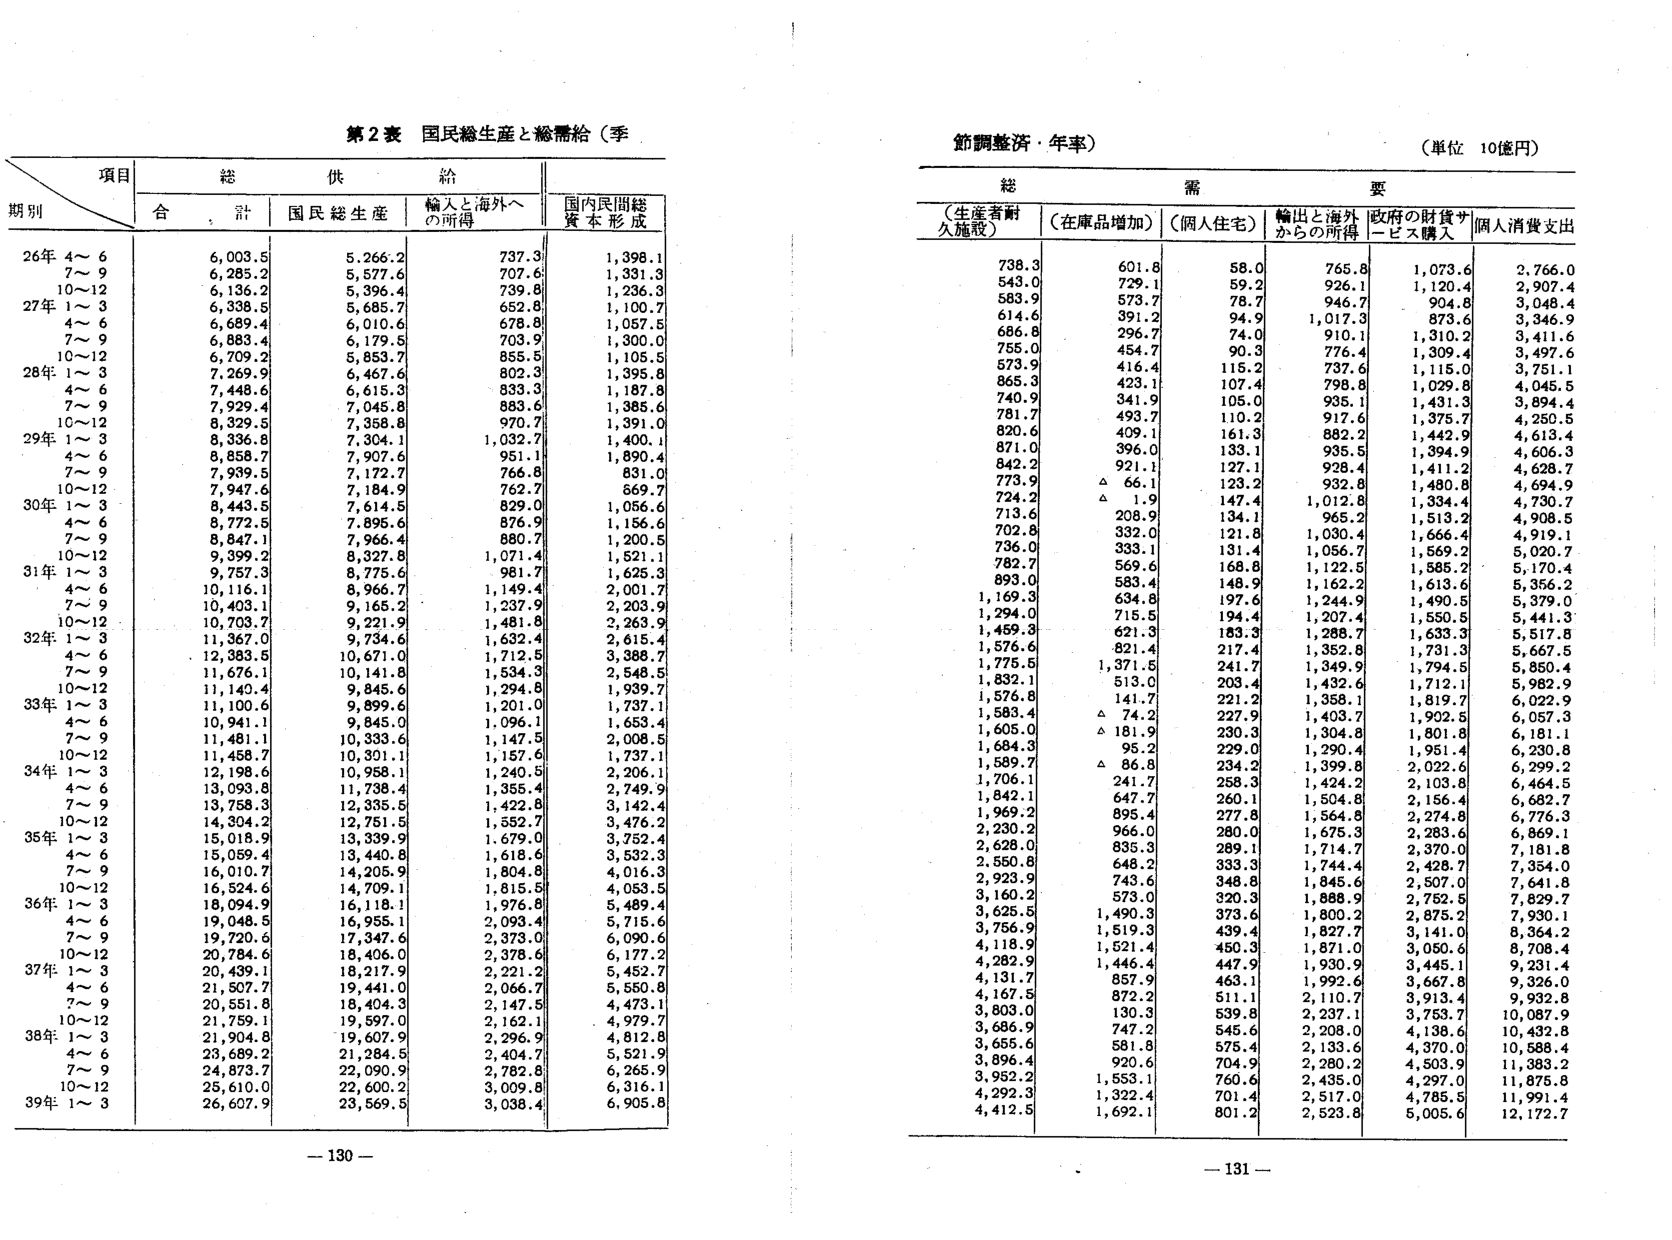
第2表 国民総生産と総需給（季

項目
総
供
給
国内民間総
資本形成

期別
合
計
国民総生産
輸入と海外へ
の所得

26年 4～6
6,003.5
5,266.2
737.3
1,398.1
7～9
6,285.2
5,577.6
707.6
1,331.3
10～12
6,136.2
5,396.4
739.8
1,236.3
27年 1～3
6,338.5
5,685.7
652.8
1,100.7
4～6
6,689.4
6,010.6
678.8
1,057.5
7～9
6,883.4
6,179.5
703.9
1,300.0
10～12
6,709.2
5,853.7
855.5
1,105.5
28年 1～3
7,269.9
6,467.6
802.3
1,395.8
4～6
7,448.6
6,615.3
833.3
1,187.8
7～9
7,929.4
7,045.8
883.6
1,385.6
10～12
8,329.5
7,358.8
970.7
1,391.0
29年 1～3
8,336.8
7,304.1
1,032.7
1,400.1
4～6
8,858.7
7,907.6
951.1
1,890.4
7～9
7,939.5
7,172.7
766.8
831.0
10～12
7,947.6
7,184.9
762.7
869.7
30年 1～3
8,443.5
7,614.5
829.0
1,056.6
4～6
8,772.5
7,895.6
876.9
1,156.6
7～9
8,847.1
7,966.4
880.7
1,200.5
10～12
9,399.2
8,327.8
1,071.4
1,521.1
31年 1～3
9,757.3
8,775.6
981.7
1,625.3
4～6
10,116.1
8,966.7
1,149.4
2,001.7
7～9
10,403.1
9,165.2
1,237.9
2,203.9
10～12
10,703.7
9,221.9
1,481.8
2,263.9
32年 1～3
11,367.0
9,734.6
1,632.4
2,615.4
4～6
12,383.5
10,671.0
1,712.5
3,388.7
7～9
11,676.1
10,141.8
1,534.3
2,548.5
10～12
11,140.4
9,845.6
1,294.8
1,939.7
33年 1～3
11,100.6
9,899.6
1,201.0
1,737.1
4～6
10,941.1
9,845.0
1,096.1
1,653.4
7～9
11,481.1
10,333.6
1,147.5
2,008.5
10～12
11,458.7
10,301.1
1,157.6
1,737.1
34年 1～3
12,198.6
10,958.1
1,240.5
2,206.1
4～6
13,093.8
11,738.4
1,355.4
2,749.9
7～9
13,758.3
12,335.5
1,422.8
3,142.4
10～12
14,304.2
12,751.5
1,552.7
3,476.2
35年 1～3
15,018.9
13,339.9
1,679.0
3,752.4
4～6
15,059.4
13,440.8
1,618.6
3,532.3
7～9
16,010.7
14,205.9
1,804.8
4,016.3
10～12
16,524.6
14,709.1
1,815.5
4,053.5
36年 1～3
18,094.9
16,118.1
1,976.8
5,489.4
4～6
19,048.5
16,955.1
2,093.4
5,715.6
7～9
19,720.6
17,347.6
2,373.0
6,090.6
10～12
20,784.6
18,406.0
2,378.6
6,177.2
37年 1～3
20,439.1
18,217.9
2,221.2
5,452.7
4～6
21,507.7
19,441.0
2,066.7
5,550.8
7～9
20,551.8
18,404.3
2,147.5
4,473.1
10～12
21,759.1
19,597.0
2,162.1
4,979.7
38年 1～3
21,904.8
19,607.9
2,296.9
4,812.8
4～6
23,689.2
21,284.5
2,404.7
5,521.9
7～9
24,873.7
22,090.9
2,782.8
6,265.9
10～12
25,610.0
22,600.2
3,009.8
6,316.1
39年 1～3
26,607.9
23,569.5
3,038.4
6,905.8

－130－

鉛調整済・年率）
（単位 10億円）

総
需
要

（生産者耐
久施設）
（在庫品増加）
（個人住宅）
輸出と海外
からの所得
政府の財貨サ
ービス購入
個人消費支出

738.3
601.8
58.0
765.8
1,073.6
2,766.0
543.0
729.1
59.2
926.1
1,120.4
2,907.4
583.9
573.7
78.7
946.7
904.8
3,048.4
614.6
391.2
94.9
1,017.3
873.6
3,346.9
686.8
296.7
74.0
910.1
1,310.2
3,411.6
755.0
454.7
90.3
776.4
1,309.4
3,497.6
573.9
416.4
115.2
737.6
1,115.0
3,751.1
865.3
423.1
107.4
798.8
1,029.8
4,045.5
740.9
341.9
105.0
935.1
1,431.3
3,894.4
781.7
493.7
110.2
917.6
1,375.7
4,250.5
820.6
409.1
161.3
882.2
1,442.9
4,613.4
871.0
396.0
133.1
935.5
1,394.9
4,606.3
842.2
921.1
127.1
928.4
1,411.2
4,628.7
773.9
△ 66.1
123.2
932.8
1,480.8
4,694.9
724.2
△ 1.9
147.4
1,012.8
1,334.4
4,730.7
713.6
208.9
134.1
965.2
1,513.2
4,908.5
702.8
332.0
121.8
1,030.4
1,666.4
4,919.1
736.0
333.1
131.4
1,056.7
1,569.2
5,020.7
782.7
569.6
168.8
1,122.5
1,585.2
5,170.4
893.0
583.4
148.9
1,162.2
1,613.6
5,356.2
1,169.3
634.8
197.6
1,244.9
1,490.5
5,379.0
1,294.0
715.5
194.4
1,207.4
1,550.5
5,441.3
1,459.3
621.3
183.3
1,288.7
1,633.3
5,517.8
1,576.6
821.4
217.4
1,352.8
1,731.3
5,667.5
1,775.5
1,371.5
241.7
1,349.9
1,794.5
5,850.4
1,832.1
513.0
203.4
1,432.6
1,712.1
5,982.9
1,576.8
141.7
221.2
1,358.1
1,819.7
6,022.9
1,583.4
△ 74.2
227.9
1,403.7
1,902.5
6,057.3
1,605.0
△ 181.9
230.3
1,304.8
1,801.8
6,181.1
1,684.3
95.2
229.0
1,290.4
1,951.4
6,230.8
1,589.7
△ 86.8
234.2
1,399.8
2,022.6
6,299.2
1,706.1
241.7
258.3
1,424.2
2,103.8
6,464.5
1,842.1
647.7
260.1
1,504.8
2,156.4
6,682.7
1,969.2
895.4
277.8
1,564.8
2,274.8
6,776.3
2,230.2
966.0
280.0
1,675.3
2,283.6
6,869.1
2,628.0
835.3
289.1
1,714.7
2,370.0
7,181.8
2,550.8
648.2
333.3
1,744.4
2,428.7
7,354.0
2,923.9
743.6
348.8
1,845.6
2,507.0
7,641.8
3,160.2
573.0
320.3
1,888.9
2,752.5
7,829.7
3,625.5
1,490.3
373.6
1,800.2
2,875.2
7,930.1
3,756.9
1,519.3
439.4
1,827.7
3,141.0
8,364.2
4,118.9
1,521.4
450.3
1,871.0
3,050.6
8,708.4
4,282.9
1,446.4
447.9
1,930.9
3,445.1
9,231.4
4,131.7
857.9
463.1
1,992.6
3,667.8
9,326.0
4,167.5
872.2
511.1
2,110.7
3,913.4
9,932.8
3,803.0
130.3
539.8
2,237.1
3,753.7
10,087.9
3,686.9
747.2
545.6
2,208.0
4,138.6
10,432.8
3,655.6
581.8
575.4
2,133.6
4,370.0
10,588.4
3,896.4
920.6
704.9
2,280.2
4,503.9
11,383.2
3,952.2
1,553.1
760.6
2,435.0
4,297.0
11,875.8
4,292.3
1,322.4
701.4
2,517.0
4,785.5
11,991.4
4,412.5
1,692.1
801.2
2,523.8
5,005.6
12,172.7

－131－